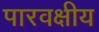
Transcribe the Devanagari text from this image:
पारवक्षीय